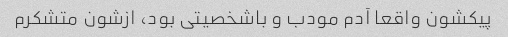
پیکشون واقعا آدم مودب و باشخصیتی بود، ازشون متشکرم